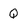
Character: Q